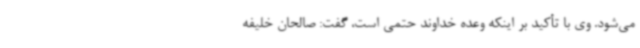
می‌شود. وی با تأکید بر اینکه وعده خداوند حتمی است، گفت: صالحان خلیفه